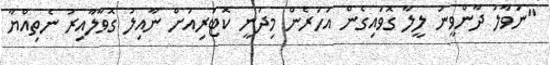
"ނަވާލު ދާންވީނު ލީލާ ގޮވައިގެން އަހަރެން މިދަނީ ކޮޓަރިއަށް ނާއިލު ގޮވާލާއިރު ނެތިއްޔާ